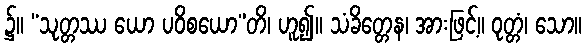
၌။ “သုတ္တဿ ယော ပဝိစယော”တိ၊ ဟူ၍။ သံခိတ္တေန၊ အားဖြင့်။ ဝုတ္တံ၊ သော။